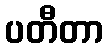
ပတီတာ